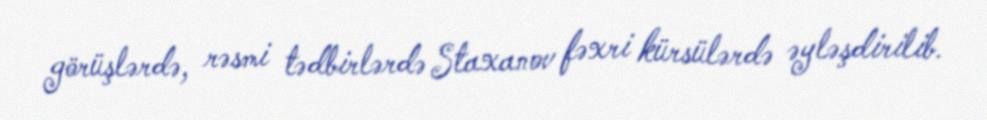
görüşlərdə, rəsmi tədbirlərdə Staxanov fəxri kürsülərdə əyləşdirilib.